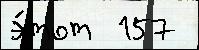
э́тот  157